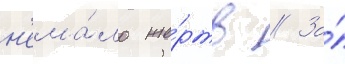
н'ема́ло же́ртв // За́